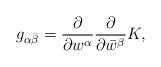
LaTeX: \begin{align*}g_{\alpha\bar\beta} = {\partial \over \partial w^\alpha} {\partial \over \partial \bar w^\beta} K ,\end{align*}